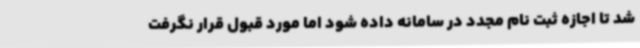
شد تا اجازه ثبت نام مجدد در سامانه داده شود اما مورد قبول قرار نگرفت